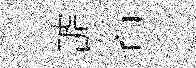
謔名